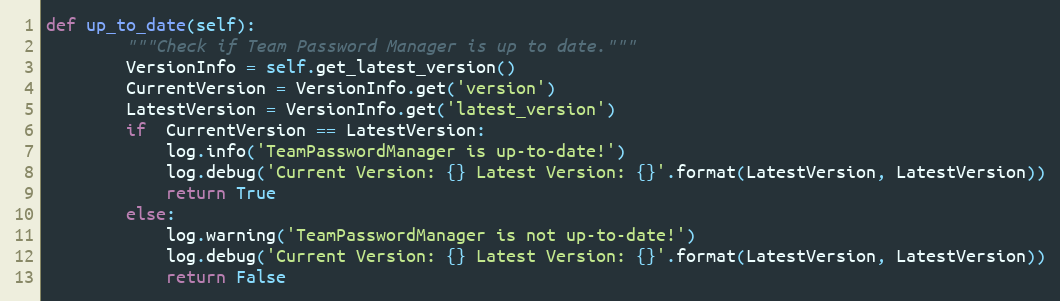
Language: Python
def up_to_date(self):
        """Check if Team Password Manager is up to date."""
        VersionInfo = self.get_latest_version()
        CurrentVersion = VersionInfo.get('version')
        LatestVersion = VersionInfo.get('latest_version')
        if  CurrentVersion == LatestVersion:
            log.info('TeamPasswordManager is up-to-date!')
            log.debug('Current Version: {} Latest Version: {}'.format(LatestVersion, LatestVersion))
            return True
        else:
            log.warning('TeamPasswordManager is not up-to-date!')
            log.debug('Current Version: {} Latest Version: {}'.format(LatestVersion, LatestVersion))
            return False